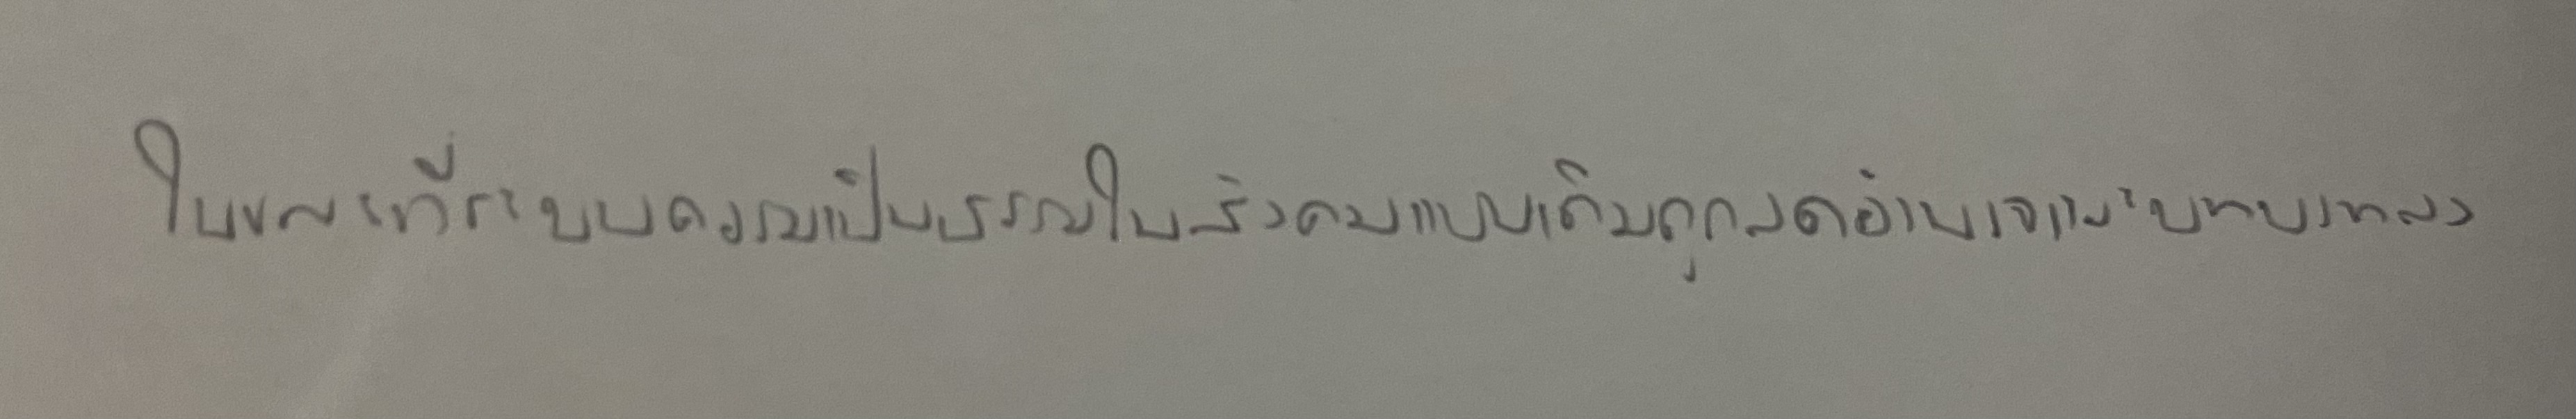
ในขณะที่ระบบความเป็นธรรมในสังคมแบบเดิมถูกลดอำนาจและบทบาทลง